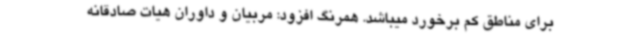
برای مناطق کم برخورد میباشد. همرنگ افزود: مربیان و داوران هیات صادقانه